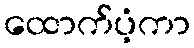
ထောက်ပံ့ကာ